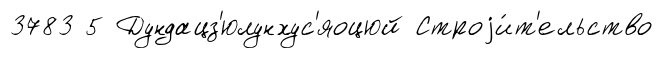
3783 5 Дундацз'юлунхус'яоцюй Строjи́т'ельство